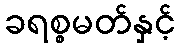
ခရစ္စမတ်နှင့်